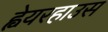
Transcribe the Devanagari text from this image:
ह्वेयरहाउस